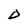
Character: D